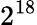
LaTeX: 2^{18}